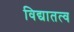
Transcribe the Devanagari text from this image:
विद्यातत्व